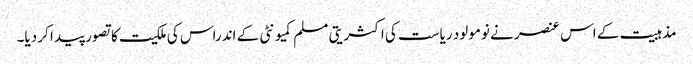
مذہبیت کے اس عنصر نے نومولود ریاست کی اکثریتی مسلم کمیونٹی کے اندراس کی ملکیت کا تصور پیدا کر دیا۔